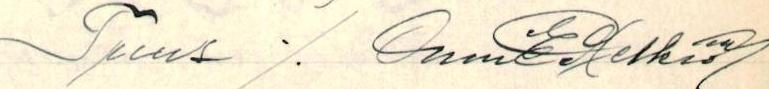
Tuus ./. Onni E Helkiö